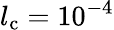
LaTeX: l_{\mathrm{c}}=10^{-4}